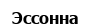
Эссонна